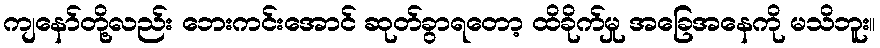
ကျနော်တို့လည်း ဘေးကင်းအောင် ဆုတ်ခွာရတော့ ထိခိုက်မှု အခြေအနေကို မသိဘူး။